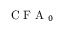
\mathrm { ~ C ~ F ~ A ~ } _ { 0 }